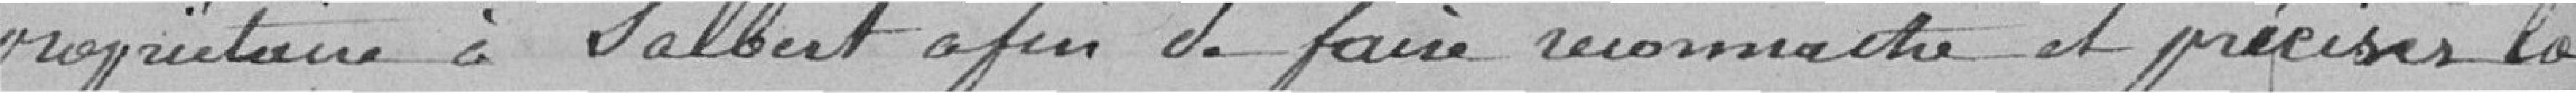
propriétaire à Salbert afin de faire reconnaitre et préciser la